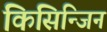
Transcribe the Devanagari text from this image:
किसिन्जिन